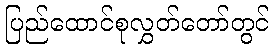
ပြည်ထောင်စုလွှတ်တော်တွင်